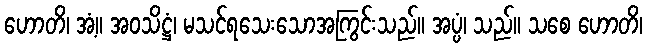
ဟောတိ၊ အံ့။ အဝသိဋ္ဌံ၊ မသင်ရသေးသောအကြွင်းသည်။ အပ္ပံ၊ သည်။ သစေ ဟောတိ၊